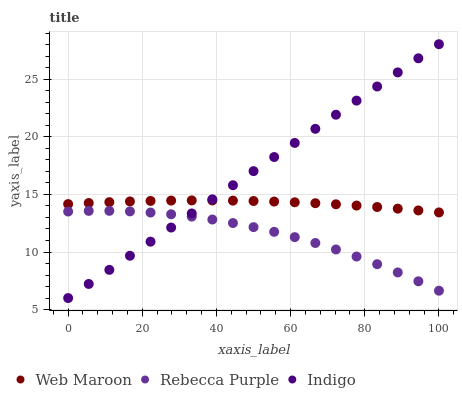
| xaxis_label | Web Maroon | Rebecca Purple | Indigo |
 | --- | --- | --- | --- |
 | 0 | 14.2 | 13.5 | 6 |
 | 5.56 | 14.3 | 13.6 | 7.23 |
 | 11.1 | 14.3 | 13.6 | 8.45 |
 | 16.7 | 14.4 | 13.5 | 9.68 |
 | 22.2 | 14.4 | 13.4 | 10.9 |
 | 27.8 | 14.5 | 13.3 | 12.1 |
 | 33.3 | 14.5 | 13.1 | 13.4 |
 | 38.9 | 14.5 | 12.8 | 14.6 |
 | 44.4 | 14.5 | 12.5 | 15.8 |
 | 50 | 14.4 | 12.2 | 17 |
 | 55.6 | 14.4 | 11.8 | 18.3 |
 | 61.1 | 14.3 | 11.3 | 19.5 |
 | 66.7 | 14.2 | 10.8 | 20.7 |
 | 72.2 | 14.1 | 10.2 | 21.9 |
 | 77.8 | 14 | 9.61 | 23.2 |
 | 83.3 | 13.9 | 8.94 | 24.4 |
 | 88.9 | 13.8 | 8.23 | 25.6 |
 | 94.4 | 13.6 | 7.46 | 26.8 |
 | 100 | 13.4 | 6.64 | 28.1 |